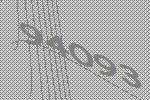
94093